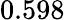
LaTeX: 0.598